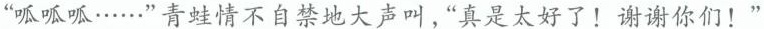
”呱呱呱……”青蛙情不自禁地大声叫，”真是太好了！谢谢你们！”